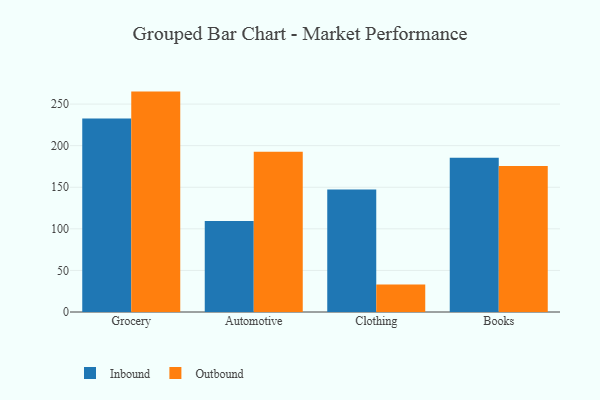
{"axis": {"x": "Category", "y": "Temperature (°C)"}, "legend": ["Inbound", "Outbound"], "data": [{"x": "Grocery", "y": 232.6, "type": "Inbound"}, {"x": "Grocery", "y": 265.0, "type": "Outbound"}, {"x": "Automotive", "y": 109.3, "type": "Inbound"}, {"x": "Automotive", "y": 192.7, "type": "Outbound"}, {"x": "Clothing", "y": 147.3, "type": "Inbound"}, {"x": "Clothing", "y": 33.0, "type": "Outbound"}, {"x": "Books", "y": 185.6, "type": "Inbound"}, {"x": "Books", "y": 175.5, "type": "Outbound"}]}